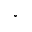
^ { \circ }